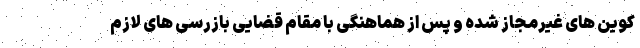
کوین های غیرمجاز شده و پس از هماهنگی با مقام قضایی بازرسی های لازم